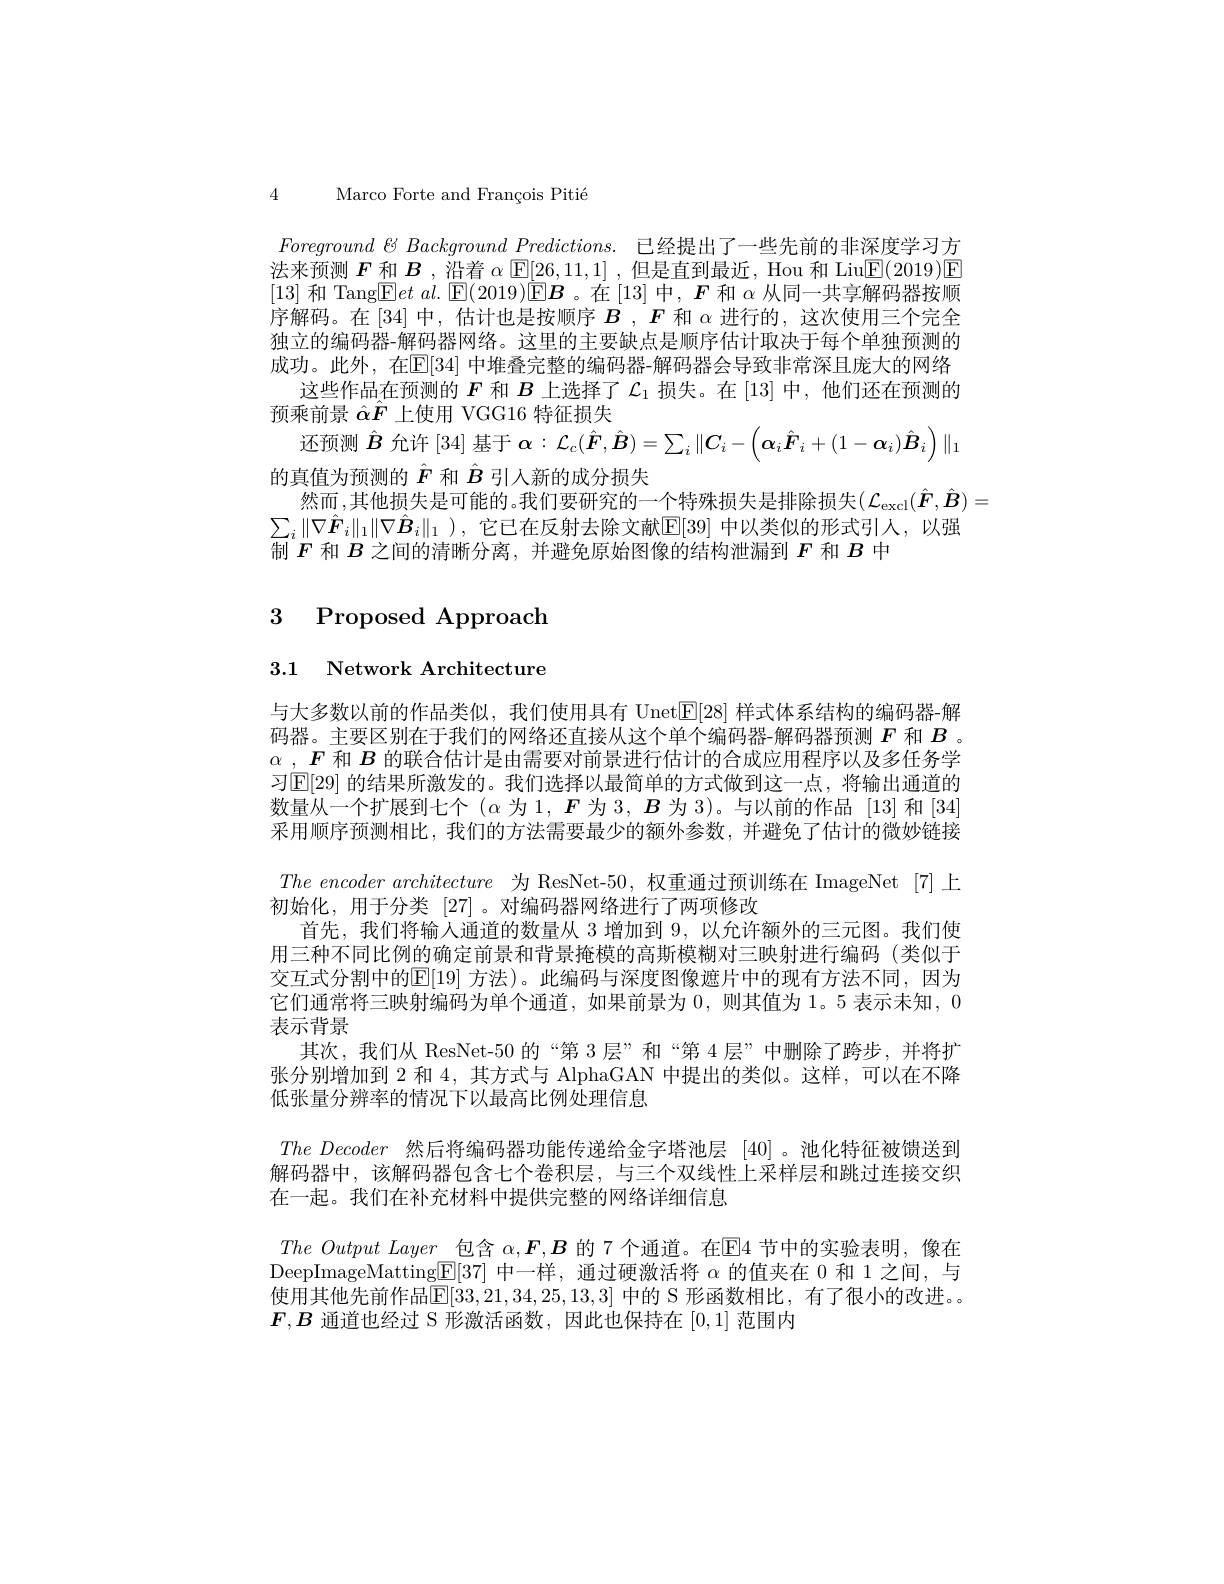
4 Marco Forte and François Pitié

$Foreground~6~Background~Predictions.~$已经提出了一些先前的非深度学习方法来预测$\boldsymbol{F}$和$\boldsymbol{B}$,沿着$\alpha$ $\underline{\mathbb{E}}[26,11,1]$ ,但是直到最近，Hou 和 Liu$\underline{\mathbb{E}}(2019)\underline{\mathbb{E}}$ [13]和 Tang$\boxed{\mathrm{E} }et\textit{ al. }\boxed{\mathrm{E} }( 2019) \mathbb{E} \boldsymbol{B}$。在[13]中，$\boldsymbol{F}$和$\alpha$从同一共享解码器按顺序解码。在[34]中，估计也是按顺序$B$ , $F$和$\alpha$进行的，这次使用三个完全独立的编码器-解码器网络。这里的主要缺点是顺序估计取决于每个单独预测的成功。此外，在E[34]中堆叠完整的编码器-解码器会导致非常深且庞大的网络
这些作品在预测的$F$和$B$上选择了$\mathcal{L}_1$损失。在 [13]中，他们还在预测的
预乘前景$\hat{\alpha}\hat{F}$上使用 VGG16 特征损失
还预测$\hat{B}$允许 [34] 基于$\alpha:\mathcal{L}_c(\hat{F},\hat{B})=\sum_i\|\boldsymbol{C}_i-\left(\boldsymbol{\alpha}_i\hat{F}_i+(1-\boldsymbol{\alpha}_i)\hat{B}_i\right)\|_1$
的真值为预测的$\hat{F}$和$\hat{B}$引入新的成分损失
然而，其他损失是可能的。我们要研究的一个特殊损失是排除损失($\mathcal{L}_\mathrm{excl}(\hat{\boldsymbol{F}},\hat{\boldsymbol{B}})=$
$\sum_i\|\nabla\hat{\boldsymbol{F}}_i\|_1\|\nabla\hat{\boldsymbol{B}}_i\|_1$ ),它已在反射去除文献$\overline{\mathbb{E}}[39]$ 中以类似的形式引人，以强
制$F$和$B$之间的清晰分离，并避免原始图像的结构泄漏到$F$和$B$中

# 3 Proposed Approach

3.1 Network Architecture

与大多数以前的作品类似，我们使用具有 Unet$\mathbb{E}[28]$样式体系结构的编码器-解码器。主要区别在于我们的网络还直接从这个单个编码器-解码器预测$F$和$B$ 。$\alpha_{,}F$和$B$的联合估计是由需要对前景进行估计的合成应用程序以及多任务学习$\mathbb{E}[29]$ 的结果所激发的。我们选择以最简单的方式做到这一点，将输出通道的数量从一个扩展到七个$(\alpha$为1，$F$为 3, $B$为 3)。与以前的作品 [13]和[34] 采用顺序预测相比，我们的方法需要最少的额外参数，并避免了估计的微妙链接$The\textit{ encoder architecture}$为 ResNet-50 ,权重通过预训练在 ImageNet [7]上初始化，用于分类[27]。对编码器网络进行了两项修改
首先，我们将输入通道的数量从 3 增加到 9, 以允许额外的三元图。我们使用三种不同比例的确定前景和背景掩模的高斯模糊对三映射进行编码(类似于交互式分割中的$\mathbb{E}[19]$ 方法)。此编码与深度图像遮片中的现有方法不同，因为它们通常将三映射编码为单个通道，如果前景为0，则其值为 1。5 表示未知，0表示背景
其次，我们从 ResNet-50 的“第 3层”和“第 4层”中删除了跨步，并将扩张分别增加到 2 和 4,其方式与 AlphaGAN 中提出的类似。这样，可以在不降低张量分辨率的情况下以最高比例处理信息
$The\textit{ Decoder 然 后 将 编 码 器 功 能 传 递 给 金 字 塔 池 层 }[ 40]$ 。池化特征被馈送到解码器中，该解码器包含七个卷积层，与三个双线性上采样层和跳过连接交织在一起。我们在补充材料中提供完整的网络详细信息
$The\textit{ Output Layer 包 含 }\alpha , \boldsymbol{F}, \boldsymbol{B}$ 的 7 个通道。在$\overline{\mathrm{E}}$4 节中的实验表明，像在DeepImageMatting$\underline{\mathrm{E}}[37]$中一样，通过硬激活将$\alpha$的值夹在 0 和 1 之间，与使用其他先前作品$\mathbb{E}[33,21,34,25,13,3]$ 中的 S 形函数相比，有了很小的改进。$\boldsymbol{F},\boldsymbol{B}$通道也经过 S 形激活函数，因此也保持在[0,1]范围内